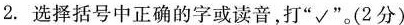
2.选择括号中正确的字或读音打“√”。(2分)